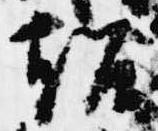
超